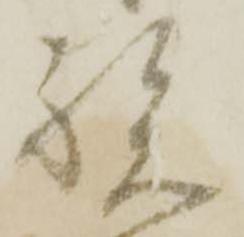
祝